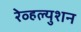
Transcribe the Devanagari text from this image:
रेव्हल्युशन